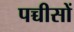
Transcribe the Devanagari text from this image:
पच्चीसों